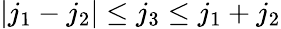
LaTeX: {|j_{1}-j_{2}|\le j_{3}\le j_{1}+j_{2}}